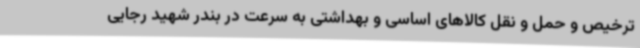
ترخیص و حمل و نقل کالاهای اساسی و بهداشتی به سرعت در بندر شهید رجایی